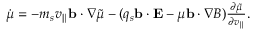
\begin{array} { r } { \dot { \mu } = - m _ { s } v _ { \parallel } \mathbf { b } \cdot \nabla \tilde { \mu } - ( q _ { s } \mathbf { b } \cdot { \mathbf { E } } - \mu \mathbf { b } \cdot { \nabla } B ) \frac { \partial \tilde { \mu } } { \partial v _ { \parallel } } . } \end{array}